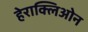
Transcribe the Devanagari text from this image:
हेराक्लिओन